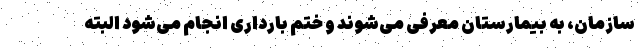
سازمان، به بیمارستان معرفی می‌شوند و ختم بارداری انجام می‌شود البته